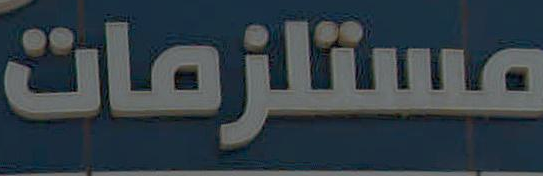
مستلزمات